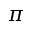
\pi